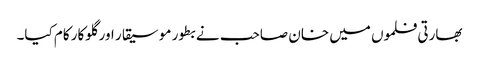
بھارتی فلموں میں خان صاحب نے بطور موسیقار اور گلوکار کام کیا۔